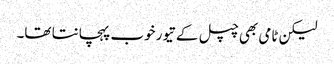
لیکن ٹامی بھی چپل کے تیور خوب پہچانتا تھا۔